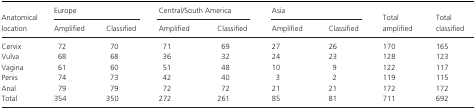
<table><thead><tr><td rowspan="2"><b>Anatomical location</b></td><td colspan="2"><b>Europe</b></td><td colspan="2"><b>Central/South America</b></td><td colspan="2"><b>Asia</b></td><td rowspan="2"><b>Total amplified</b></td><td rowspan="2"><b>Total classified</b></td></tr><tr><td><b>Amplified</b></td><td><b>Classified</b></td><td><b>Amplified</b></td><td><b>Classified</b></td><td><b>Amplified</b></td><td><b>Classified</b></td></tr></thead><tbody><tr><td>Cervix</td><td>72</td><td>70</td><td>71</td><td>69</td><td>27</td><td>26</td><td>170</td><td>165</td></tr><tr><td>Vulva</td><td>68</td><td>68</td><td>36</td><td>32</td><td>24</td><td>23</td><td>128</td><td>123</td></tr><tr><td>Vagina</td><td>61</td><td>60</td><td>51</td><td>48</td><td>10</td><td>9</td><td>122</td><td>117</td></tr><tr><td>Penis</td><td>74</td><td>73</td><td>42</td><td>40</td><td>3</td><td>2</td><td>119</td><td>115</td></tr><tr><td>Anal</td><td>79</td><td>79</td><td>72</td><td>72</td><td>21</td><td>21</td><td>172</td><td>172</td></tr><tr><td>Total</td><td>354</td><td>350</td><td>272</td><td>261</td><td>85</td><td>81</td><td>711</td><td>692</td></tr></tbody></table>